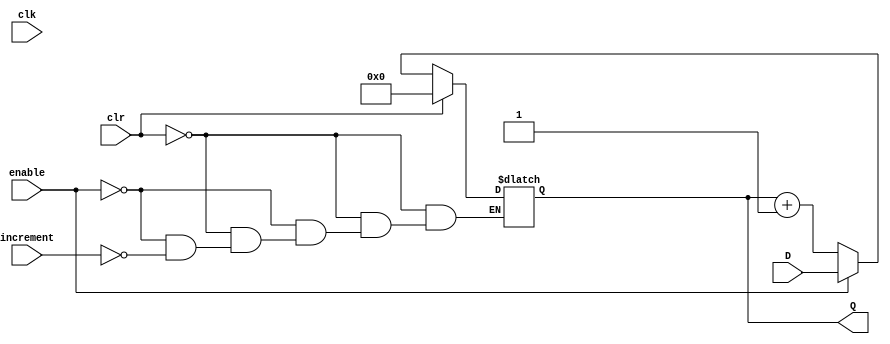
// Zuhair Shaikh and Brant Lan Li
// Program Counter Register (PC)
// ELEC374 - Digital Systems Engineering
// Department of Electrical and Computer Engineering
// Queen's University 

module pc_register (
	input wire [31:0] D,
	input wire clk,
	input	wire clr,
	input wire increment,
	input wire enable,
	output reg [31:0] Q
	);
	
	initial Q = 32'b0;
	
	always @ (clk) 
		begin
			if (clr) begin
				Q = 32'b0;
			end
			else if (enable) begin
				Q = D;
			end
			else if (increment) begin
				Q = Q + 1'b1;
			end
		end
endmodule